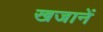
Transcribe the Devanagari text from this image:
खजानें